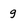
Character: g